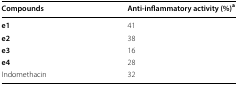
<table><thead><tr><td><b>Compounds</b></td><td><b>Anti-inflammatory activity (%)<sup>a</sup></b></td></tr></thead><tbody><tr><td><b>e1</b></td><td>41</td></tr><tr><td><b>e2</b></td><td>38</td></tr><tr><td><b>e3</b></td><td>16</td></tr><tr><td><b>e4</b></td><td>28</td></tr><tr><td>Indomethacin</td><td>32</td></tr></tbody></table>